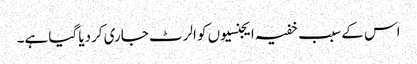
اس کے سبب خفیہ ایجنسیوں کو الرٹ جاری کردیا گیا ہے۔